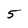
Character: 5